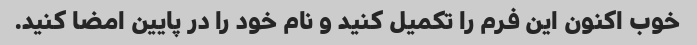
خوب اکنون این فرم را تکمیل کنید و نام خود را در پایین امضا کنید.